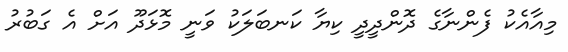
މިއާއެކު ފެންނާގެ ދޮންދީދީ ކިޔާ ކަނބަލަކު ވަނީ މޮޅަދޫ އަށް އެ ގަބުރު